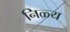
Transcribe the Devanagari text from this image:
निळ्य